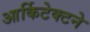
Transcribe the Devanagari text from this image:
आर्किटेक्‍टने